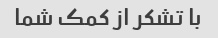
با تشکر از کمک شما